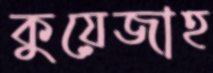
কুয়েজাহ